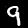
Label: 9